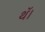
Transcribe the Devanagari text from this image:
थॅ।